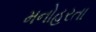
મનોહરતા